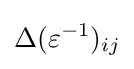
\Delta (\varepsilon ^{-1})_{ij}